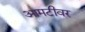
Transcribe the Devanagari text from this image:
आमटीवर